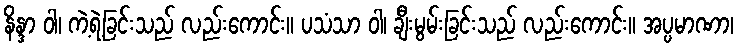
နိန္ဒာ ဝါ၊ ကဲ့ရဲ့ခြင်းသည် လည်းကောင်း။ ပသံသာ ဝါ၊ ချီးမွမ်းခြင်းသည် လည်းကောင်း။ အပ္ပမာဏာ၊